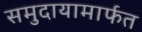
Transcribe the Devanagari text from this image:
समुदायामार्फत